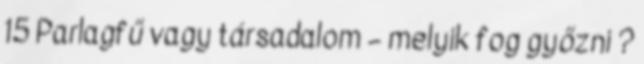
15 Parlagfű vagy társadalom – melyik fog győzni ?